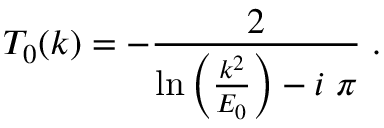
T _ { 0 } ( k ) = - \frac { 2 } { \mathrm { l n } \left( \frac { k ^ { 2 } } { E _ { 0 } } \right) - i \; \pi } \; .